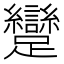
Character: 𮜭